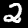
Digit: 2